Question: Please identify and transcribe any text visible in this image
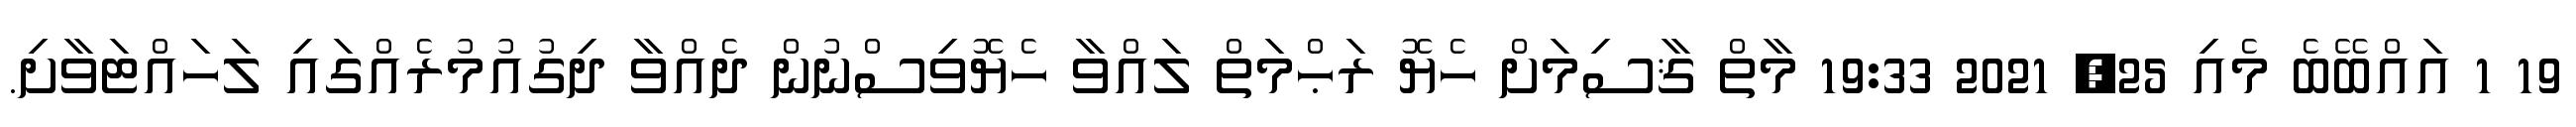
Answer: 19 1 އައްބޭބެ މެއި 25, 2021 19:33 މާތް ޤާސިމަށް ހެޔޮ ރަޙްމަތް ލައްވާ ހެޔޮވިސްނުން ދެއްވާ ދިގުއުމުރެއްގައި ލަހައްޓަވާށި.